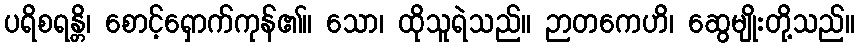
ပရိစရန္တိ၊ စောင့်ရှောက်ကုန်၏။ သော၊ ထိုသူရဲသည်။ ဉာတကေဟိ၊ ဆွေမျိုးတို့သည်။